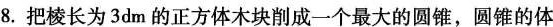
8.把棱长为3dm的正方体木块削成一个最大的圆锥，圆锥的体